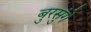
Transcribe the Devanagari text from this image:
बुरसुंगे